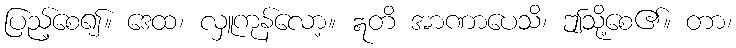
ပြည့်စေ၍။ ဒေထ၊ လှူကုန်လော့။ ဣတိ အာဏာပေသိ၊ ဤသို့စေ၏။ တာ၊